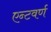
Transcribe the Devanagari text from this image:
एन्टवर्ण